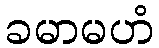
ခမာမဟံ